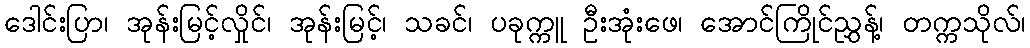
ဒေါင်းပြာ၊ အုန်းမြင့်လှိုင်၊ အုန်းမြင့်၊ သခင်၊ ပခုက္ကူ ဦးအုံးဖေ၊ အောင်ကြိုင်ညွှန့်၊ တက္ကသိုလ်၊